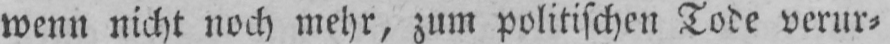
wenn nicht noch mehr, zum politischen Tode verur⸗